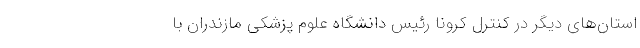
استان‌های دیگر در کنترل کرونا رئیس دانشگاه علوم پزشکی مازندران با